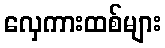
လှေကားထစ်များ